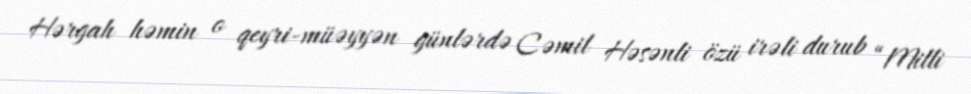
Hərgah həmin o qeyri-müəyyən günlərdə Cəmil Həsənli özü irəli durub “Milli